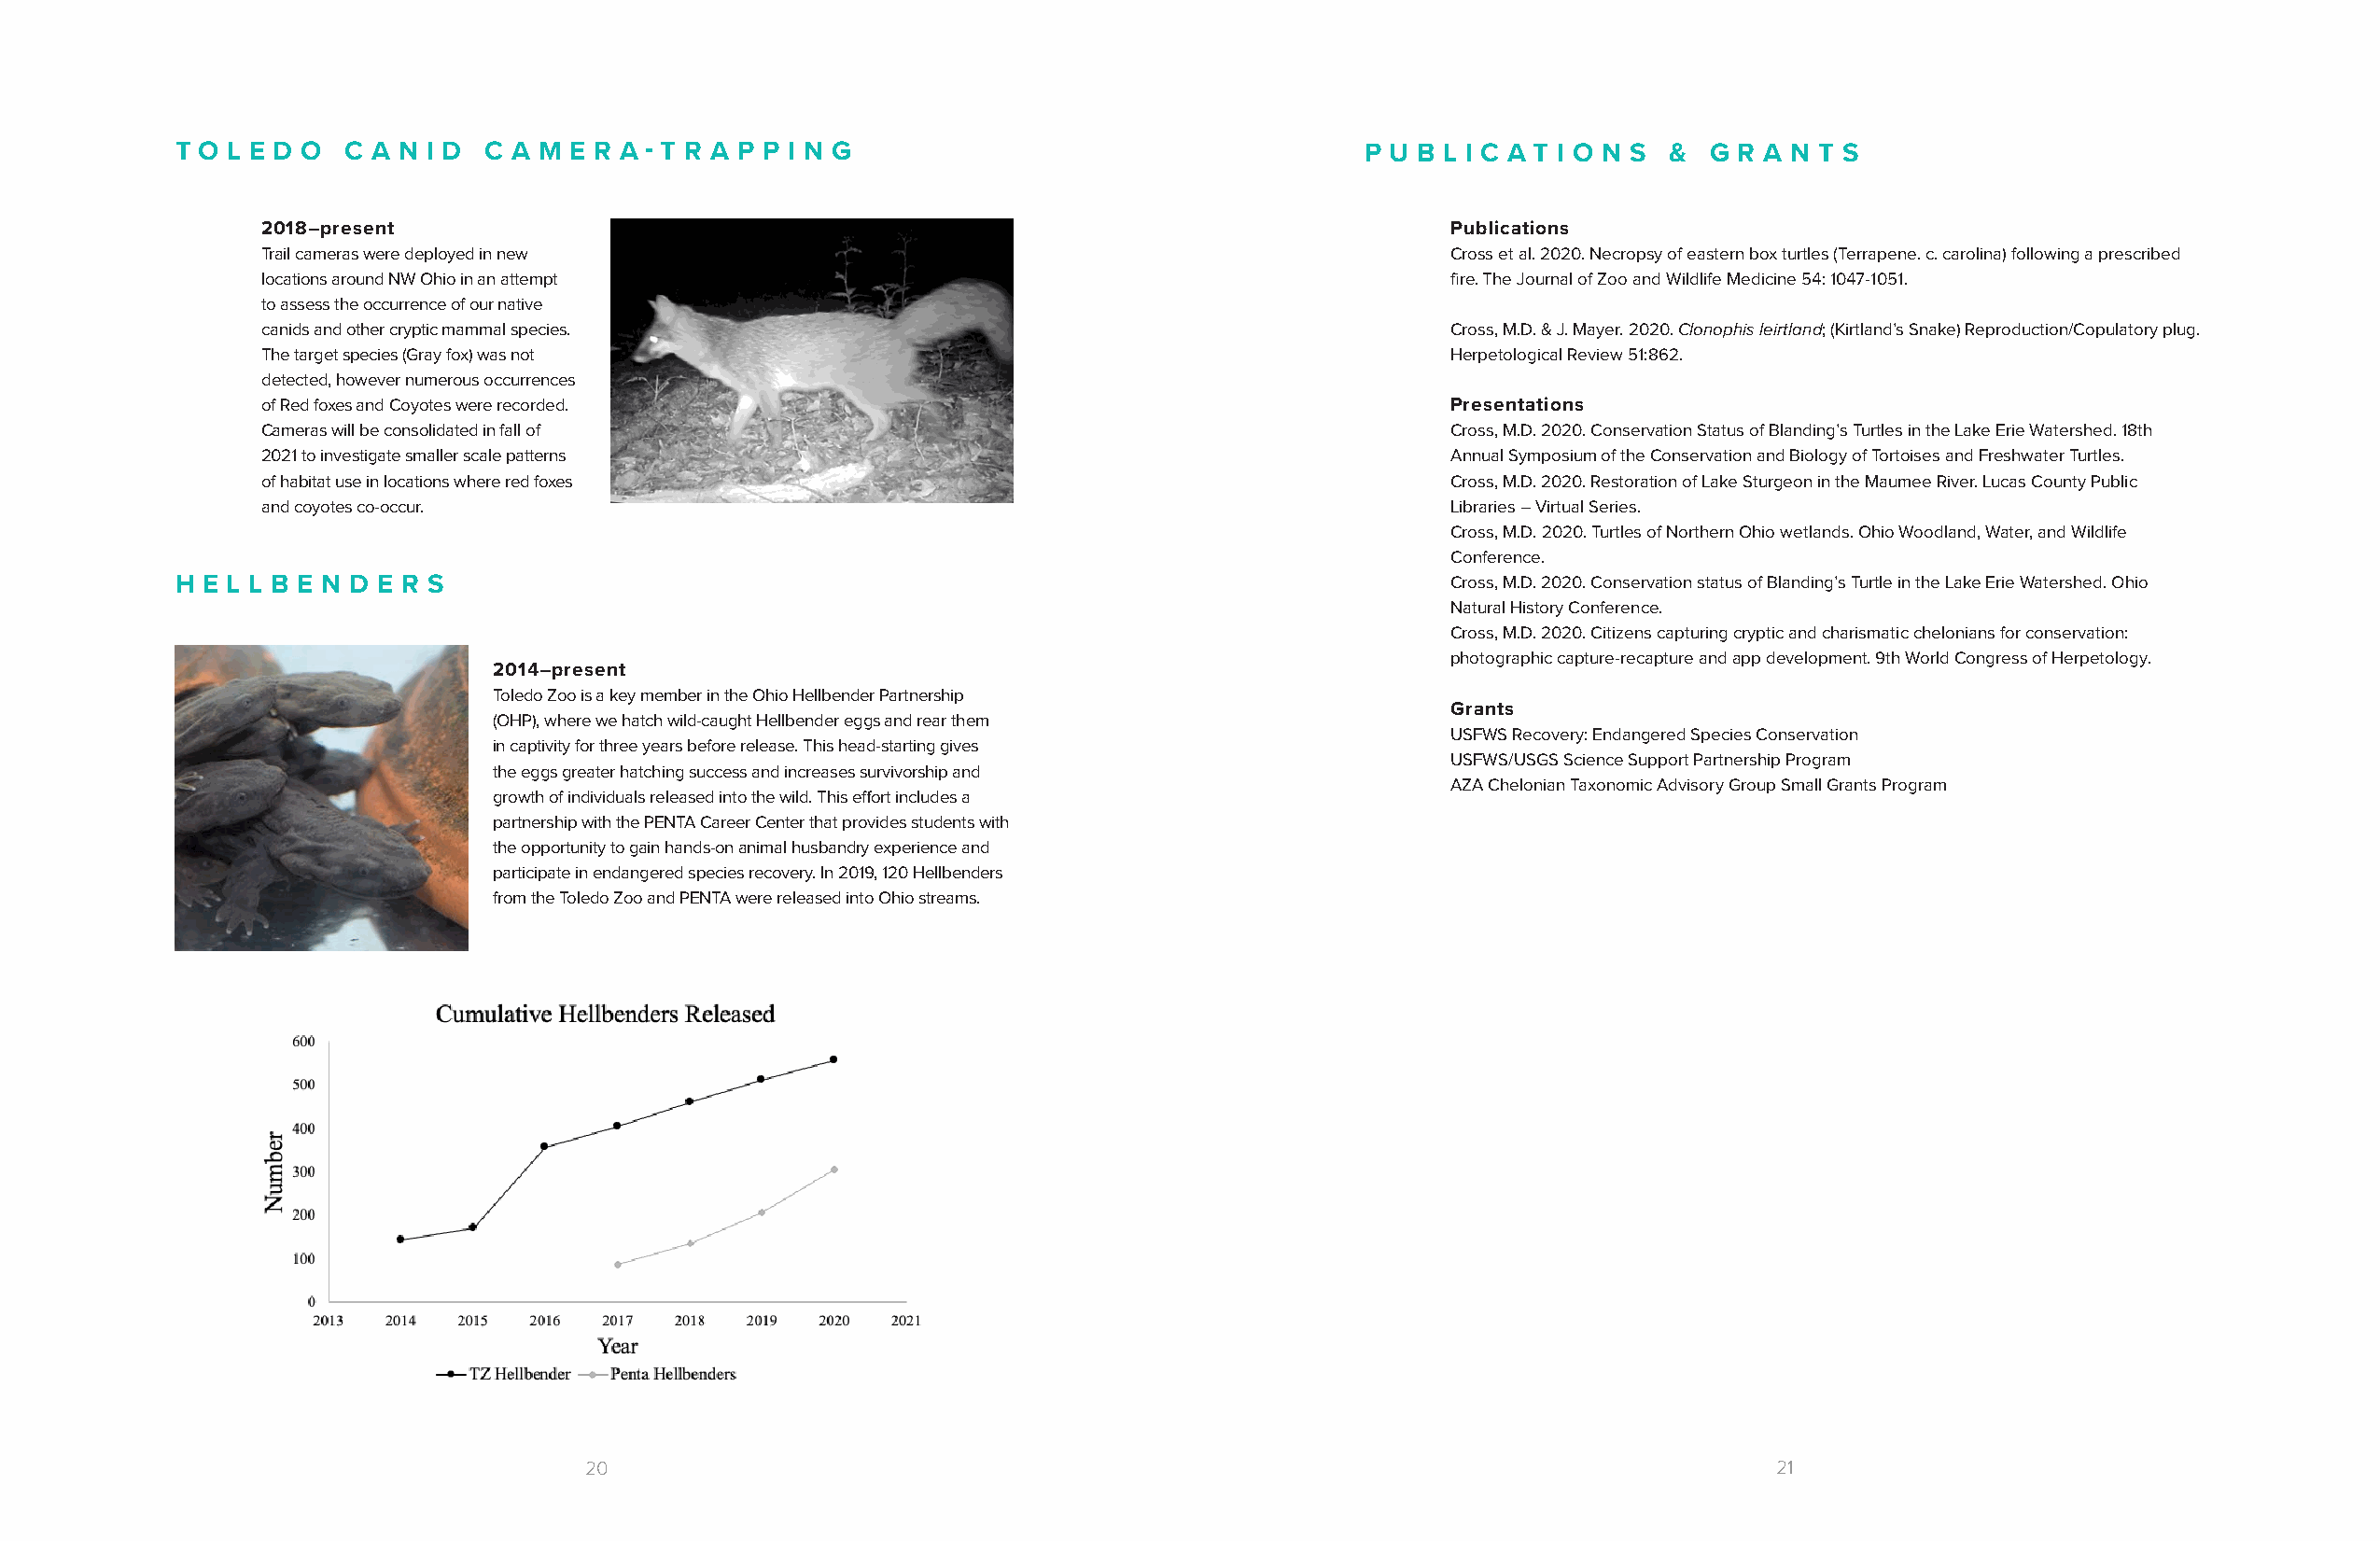
T O L E D O  C A N I D C A M E R A - T R A P P I N G                                 P U B L I C A T I O N S & G R A N T S
 2018―present                                                                        Publications
 Trail cameras were deployed in new                                                  Cross et al. 2020. Necropsy of eastern box turtles (Terrapene. c. carolina) following a prescribed
 locations around NW Ohio in an attempt                                              fire. The Journal of Zoo and Wildlife Medicine 54: 1047-1051.
 to assess the occurrence of our native
 canids and other cryptic mammal species.                                            Cross, M.D. & J. Mayer. 2020. Clonophis leirtland; (Kirtland’s Snake) Reproduction/Copulatory plug.
 The target species (Gray fox) was not                                               Herpetological Review 51:862.
 detected, however numerous occurrences
 of Red foxes and Coyotes were recorded.                                             Presentations
 Cameras will be consolidated in fall of                                             Cross, M.D. 2020. Conservation Status of Blanding’s Turtles in the Lake Erie Watershed. 18th
 2021 to investigate smaller scale patterns                                          Annual Symposium of the Conservation and Biology of Tortoises and Freshwater Turtles.
 of habitat use in locations where red foxes                                         Cross, M.D. 2020. Restoration of Lake Sturgeon in the Maumee River. Lucas County Public
 and coyotes co-occur.                                                               Libraries – Virtual Series.
 Cross, M.D. 2020. Turtles of Northern Ohio wetlands. Ohio Woodland, Water, and Wildlife
 Conference.
 H E L L B E N D E R S                                                                      Cross, M.D. 2020. Conservation status of Blanding’s Turtle in the Lake Erie Watershed. Ohio
 Natural History Conference.
 Cross, M.D. 2020. Citizens capturing cryptic and charismatic chelonians for conservation:
 photographic capture-recapture and app development. 9th World Congress of Herpetology.
 2014―present
 Toledo Zoo is a key member in the Ohio Hellbender Partnership
 Grants
 (OHP), where we hatch wild-caught Hellbender eggs and rear them
 USFWS Recovery: Endangered Species Conservation
 in captivity for three years before release. This head-starting gives
 USFWS/USGS Science Support Partnership Program
 the eggs greater hatching success and increases survivorship and
 AZA Chelonian Taxonomic Advisory Group Small Grants Program
 growth of individuals released into the wild. This effort includes a
 partnership with the PENTA Career Center that provides students with
 the opportunity to gain hands-on animal husbandry experience and
 participate in endangered species recovery. In 2019, 120 Hellbenders
 from the Toledo Zoo and PENTA were released into Ohio streams.
 20                                                                                   21